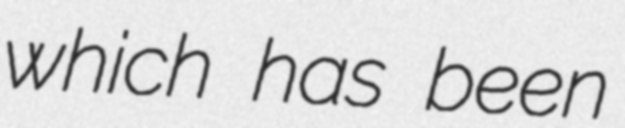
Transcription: which has been